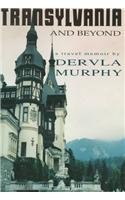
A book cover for Transylvania and Beyond: A Travel Memoir; Dervla Murphy; Travel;